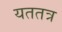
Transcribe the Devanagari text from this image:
यततत्र